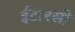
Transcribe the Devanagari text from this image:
ईटारसी